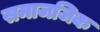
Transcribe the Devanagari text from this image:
समाजजिक